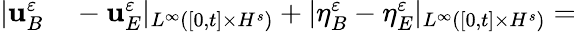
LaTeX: \begin{array}{rl}{|\mathbf{u}_{B}^{\varepsilon}}&{{}-\mathbf{u}_{E}^{\varepsilon}|_{L^{\infty}([0,t]\times H^{s})}+|\eta_{B}^{\varepsilon}-\eta_{E}^{\varepsilon}|_{L^{\infty}([0,t]\times H^{s})}=}\end{array}